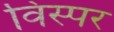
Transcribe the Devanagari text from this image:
विस्पर